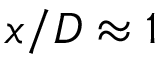
x / D \approx 1